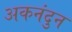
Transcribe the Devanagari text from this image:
अकनंदुन